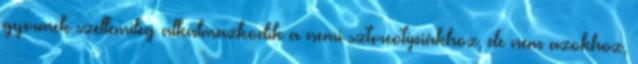
gyermek szellemileg alkalmazkodik a nemi sztereotípiákhoz, de nem azokhoz,